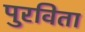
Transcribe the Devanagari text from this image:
पुरविता